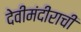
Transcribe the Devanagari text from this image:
देवीमंदीराची